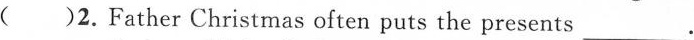
()2.Father Christmas often puts the presents ___.